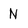
Character: N